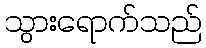
သွားရောက်သည်